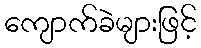
ကျောက်ခဲများဖြင့်